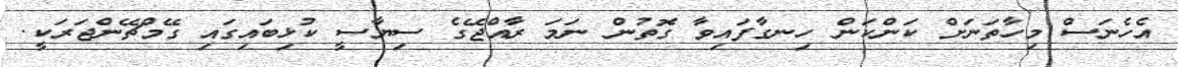
އެހެނަސް މިހާތަނަށް ކަންކަން ހިނގާފައިވާ ގޮތުން ނަމަ ރާއްޖޭގެ ސިޔާސީ ކުޅިބައިގައި ގޭމްޗޭންޖަރަކީ.